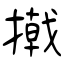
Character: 撠